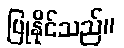
ပြုနိုင်သည်။